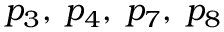
p _ { 3 } , \; p _ { 4 } , \; p _ { 7 } , \; p _ { 8 }